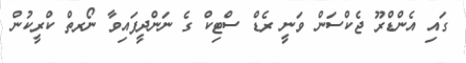
ގައި އެންޑްރޫ ޖެކްސަން ވަނީ ރެޑް ސްޓިކް ގެ ނަންދީފައިވާ ނޯރތް ކްރީކުން